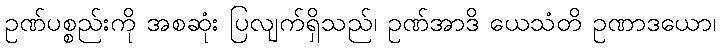
ဥဏ်ပစ္စည်းကို အစဆုံး ပြလျက်ရှိသည်၊ ဥဏ်အာဒိ ယေသံတိ ဥဏာဒယော၊